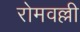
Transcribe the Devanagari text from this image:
रोमवल्ली